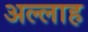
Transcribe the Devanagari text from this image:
अल्‍लाह